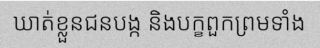
ឃាត់ខ្លួនជនបង្ក និងបក្ខពួកព្រមទាំង